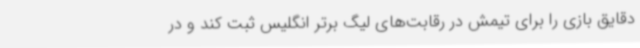
دقایق بازی را برای تیمش در رقابت‌های لیگ برتر انگلیس ثبت کند و در